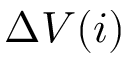
\Delta V ( i )